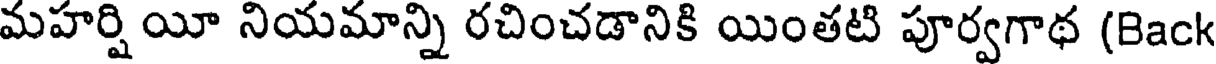
మహర్షి యీ నియమాన్ని రచించడానికి యింతటి పూర్వగాథ (Back